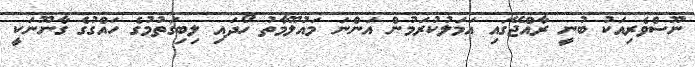
ނޫސްވެރިއަކު ބުނީ ރާއްޖޭގައި އަމަލުކުރަމުން އަންނަ މައުލޫމާތު ހޯދައި ލިބިގަތުމުގެ ހައްގުގެ ގާނޫނަކީ